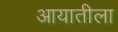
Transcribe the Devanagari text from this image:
आयातीला